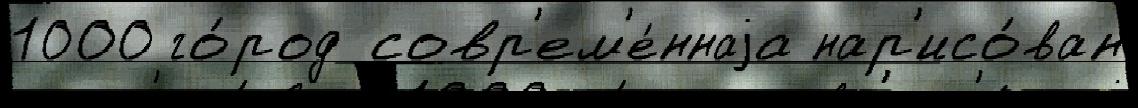
1000 го́род совр'ем'е́ннаjа нар'исо́ван